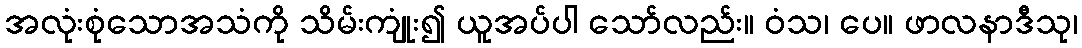
အလုံးစုံသောအသံကို သိမ်းကျုံး၍ ယူအပ်ပါ သော်လည်း။ ဝံသ၊ ပေ။ ဖာလနာဒီသု၊